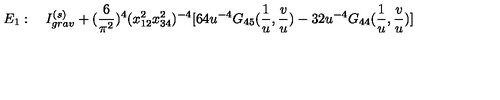
E _ { 1 } : \quad I _ { g r a v } ^ { ( s ) } + ( \frac { 6 } { \pi ^ { 2 } } ) ^ { 4 } ( x _ { 1 2 } ^ { 2 } x _ { 3 4 } ^ { 2 } ) ^ { - 4 } [ 6 4 u ^ { - 4 } G _ { 4 5 } ( \frac { 1 } { u } , \frac { v } { u } ) - 3 2 u ^ { - 4 } G _ { 4 4 } ( \frac { 1 } { u } , \frac { v } { u } ) ]